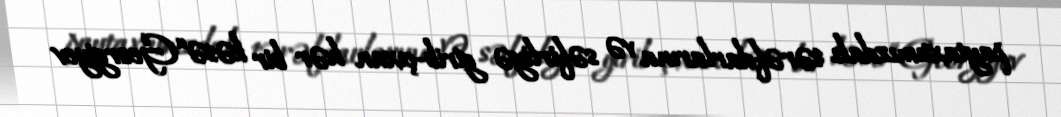
paytaxtımızdakı tərəfdarlarına və səfirliyə girib-çıxan hər bir kəsə “Georgiyev